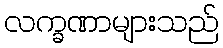
လက္ခဏာများသည်